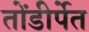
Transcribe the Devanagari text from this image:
तोंडीर्पेत